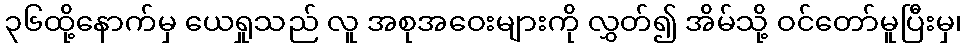
၃၆ထို့နောက်မှ ယေရှုသည် လူ အစုအဝေးများကို လွှတ်၍ အိမ်သို့ ဝင်တော်မူပြီးမှ၊